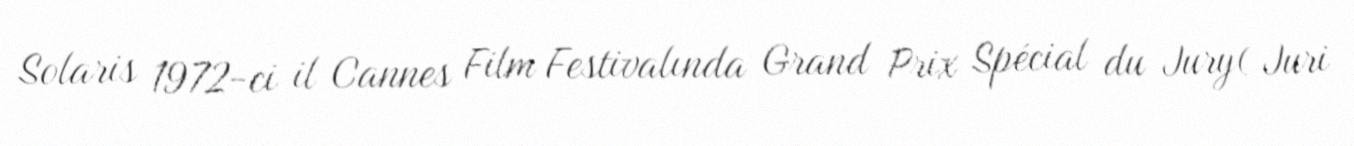
Solaris 1972-ci il Cannes Film Festivalında Grand Prix Spécial du Jury( Juri